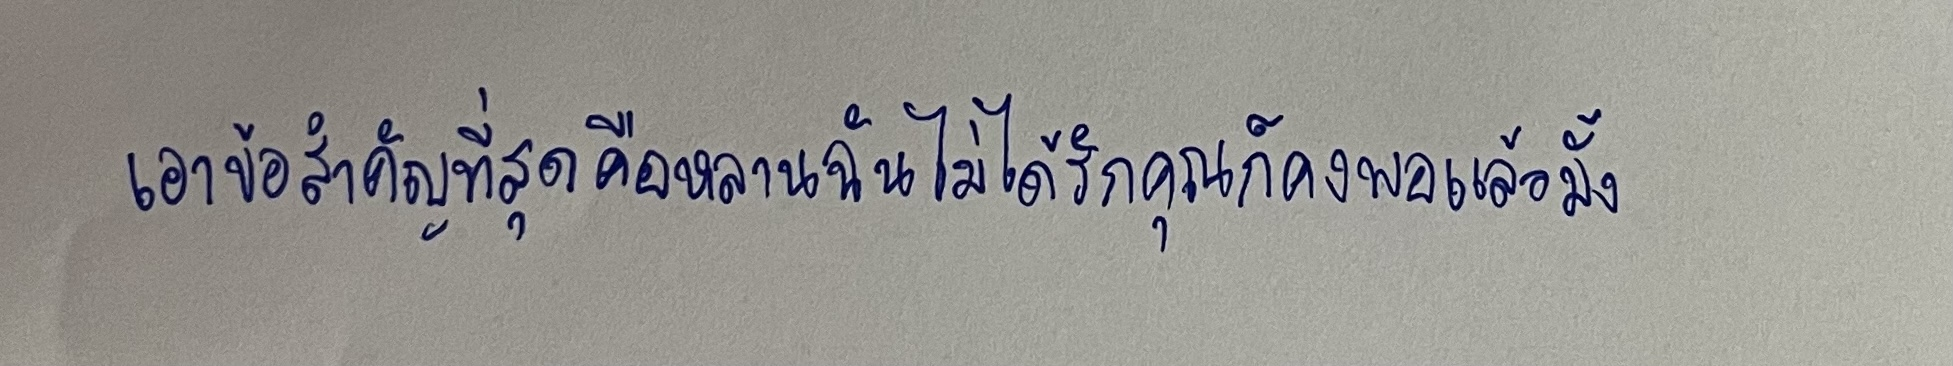
เอาข้อสำคัญที่สุดคือหลานฉันไม่ได้รักคุณก็คงพอแล้วมั้ง"